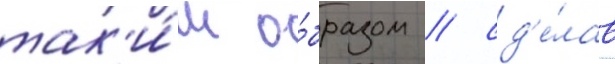
так'и́м о́бразом / сд'е́лав